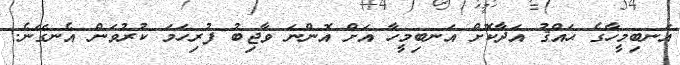
އަނބިމީހާގެ ޙައްޤު އަދާކޮށް އަނބިމީހާ އަށް އޮންނަ ވާޖިބު ފުރިހަމަ ކުރުވަން އެނގޭނެ.